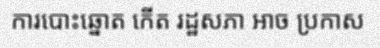
ការបោះឆ្នោត កើត រដ្ឋសភា អាច ប្រកាស